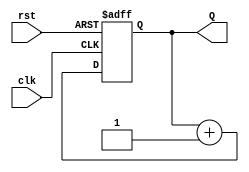
`timescale 1ns / 1ps
//////////////////////////////////////////////////////////////////////////////////
// Company: 
// 
// Design Name: 
// Module Name: clock_div
// Project Name: 
// Target Devices: Arty Z7
// Tool Versions: VIVADO 2020.2
// Description: 8-bit clock devider based on shift register
// 
// Dependencies: 
// 
// Revision:
// Revision 0.01 - File Created
// Additional Comments:
// 
//////////////////////////////////////////////////////////////////////////////////


module clock_div(

    input clk,
    input rst,
    output reg [7:0] Q
    );
 
always @ (posedge(clk), posedge(rst))   // When will Always Block Be Triggered
begin
    if (rst == 1'b1)
        // How Output reacts when Reset Is Asserted
        Q <= 8'b0;
    else
        // How Output reacts when Rising Edge of Clock Arrives?
        Q <= Q + 1'b1;
end
 

endmodule